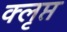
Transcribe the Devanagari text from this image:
क्लृप्त